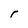
Character: r